Indian journal of veterinary science and animal husbandry - Volumes 22-23, 1952-1953
Year: 1952
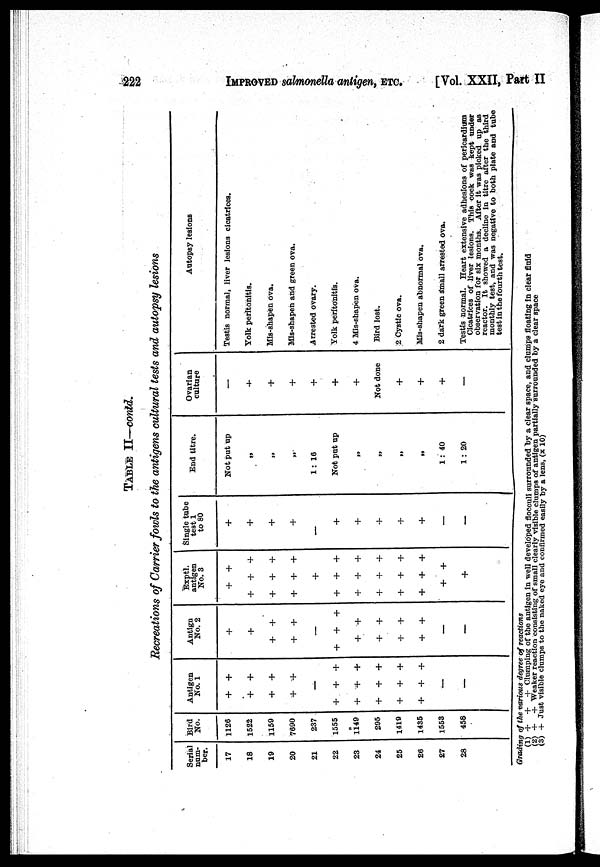
222
IMPROVED
salmonella antigen, ETC. [Vol. XXII, Part II
TABLE II—conld.
Recreations of Carrier fowls to the antigens cultural tests and autopsy lesions
Serial
num-
ber.
17
18
19
20
21
22
23
24
25
26
27
28
Bird
No.
1126
1522
1159
7690
237
1555
1149
295
1419
1435
1553
458
Antigen
No. 1
+ +
+ +
+ +
+ +
—
+ + +
+ + +
+ + +
+ + +
+
+
+
—
—
Antign
No. 2
+
+
+
+
+ +
—
+
+
+
+ +
+ +
+ +
+
+
—
—
Exptl.
antigen
No. 3
+
+
+ + +
+
+
+
+ + +
+
+ + +
+ +
+
+ + +
+ + +
+ + +
+
+
+
Single tube
test 1
to 80
+
+
+
+
+
+
+
+
+
+
—
—
End titre.
Not put up
„
„
„
1: 16
Not put up
„
„
„
„
1: 40
1: 20
Ovarian
culture
—
+
+
+
+
+
+
Not done
+
+
+
—
Autopsy lesions
Testis normal, liver lesions cicatrices.
Yolk peritonitis.
Mis-shapen ova.
Mis-shapen and green ova.
Arrested ovary.
Yolk peritonitis.
4 Mis-shapen ova.
Bird lost.
2 Cystic ova.
Mis-shapen abnormal ova.
2 dark green small arrested ova.
Testis normal. Heart extensive adhesions of pericardium
Cicatrices of liver lesions. This cock was kept under
observation for six months. After it was picked up as
reactor. It showed a decline in titre after the third
monthly test, and was negative to both plate and tube
test in the fourth test.
Grading of the various degree of reactions
(1) + + + Clumping of the antigen in well developed flocculi surrounded by a clear space, and clumps floating in clear fluid
(2) + + Weaker reaction consisting of small clearly visible clumps of antigen partially surrounded by a clear space
(3) + Just visible clumps to the naked eye and confirmed easily by a lens, (x 10)